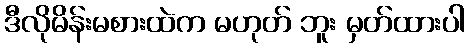
ဒီလိုမိန်းမစားထဲက မဟုတ် ဘူး မှတ်ထားပါ